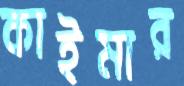
কাইমার